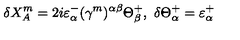
\delta { X _ { A } ^ { m } } = 2 i \varepsilon _ { \alpha } ^ { - } ( \gamma ^ { m } ) ^ { \alpha \beta } \Theta _ { \beta } ^ { + } , \ \delta \Theta _ { \alpha } ^ { + } = \varepsilon _ { \alpha } ^ { + }